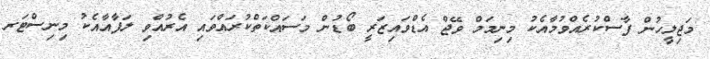
މަޖިލީހުން ފާސްކުރެއްވުމާއެކު މިނިމަމް ވޭޖް އެޑްވައިޒަރީ ބޯޑުން މަސައްކަތްކުރައްވައި އެރުއްވި ލަފާއާއެކު މިނިސްޓަރ